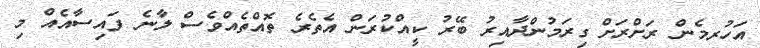
އަހުރމެން ރަށްރަށް ގިރަމުންދާއިރު ބޭރު ކީއްކުރަން އެތެރެ ތޮއްތެއްވެސް ލާނެ ފައިސާއެއް މި